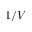
1 / V